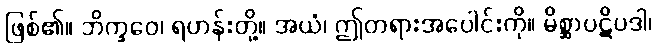
ဖြစ်၏။ ဘိက္ခဝေ၊ ရဟန်းတို့။ အယံ၊ ဤတရားအပေါင်းကို။ မိစ္ဆာပဋိပဒါ၊